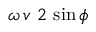
\omega \, v \ 2 \, \sin \phi